Civil Veterinary Department Bengal reports 1933-51 - 1933-1951
Year: 1933
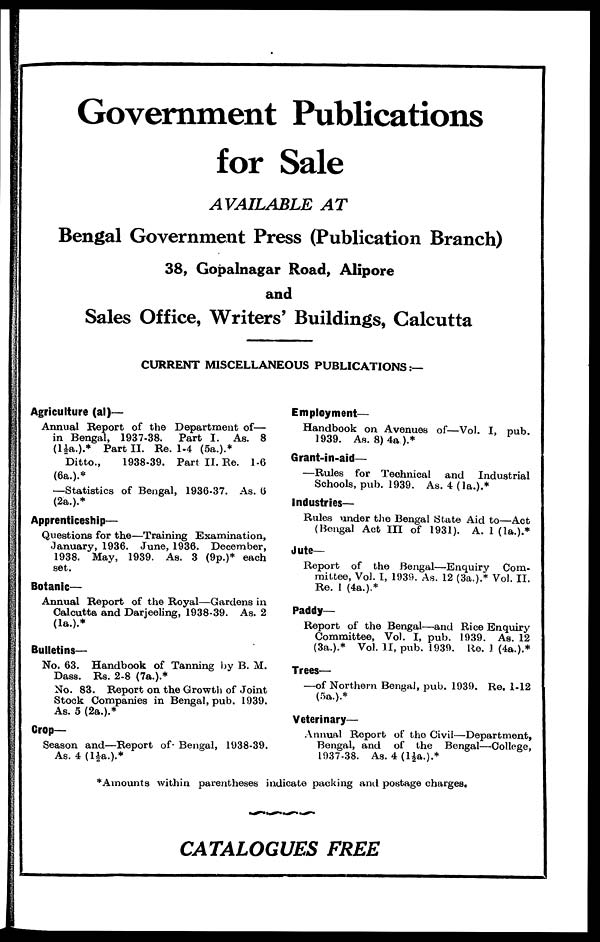
Government Publications
for Sale
AVAILABLE
AT
Bengal Government Press (Publication Branch)
38, Gopalnagar Road, Alipore
and
Sales Office, Writers' Buildings, Calcutta
CURRENT MISCELLANEOUS PUBLICATIONS:—
Agriculture (al)—
Annual Report of the Department of—
in Bengal, 1937-38. Part I. As. 8
(1½a.).* Part II. Re. 1-4 (5a.).*
Ditto.,
1938-39. Part II. Re. 1-6
(6a.).*
—Statistics of Bengal, 1936-37. As. 6
(2a.).*
Apprenticeship—
Questions for the—Training Examination,
January, 1936. June, 1936. December,
1938. May, 1939. As. 3 (9p.)* each
set.
Botanic—
Annual Report of the Royal—Gardens in
Calcutta and Darjeeling, 1938-39. As. 2
(1a.).*
Bulletins—
No. 63. Handbook of Tanning by B. M.
Dass. Rs. 2-8 (7a.).*
No. 83. Report on the Growth of Joint
Stock Companies in Bengal, pub. 1939.
As. 5 (2a.).*
Crop—
Season and—Report of- Bengal, 1938-39.
As. 4 (1½a.).*
Employment—
Handbook on Avenues of—Vol. I, pub.
1939. As. 8) 4a).*
Grant-in-aid—
—Rules for Technical and
Industrial
Schools, pub. 1939. As. 4 (1a.).*
Industries—
Rules under the Bengal State Aid to—Act
(Bengal Act III of 1931). A. 1 (1a.).*
Jute—
Report of the Bengal—Enquiry
Com-
mittee, Vol. I, 1939. As. 12 (3a.).* Vol. II.
Re. 1 (4a.).*
Paddy—
Report of the Bengal—and Rice Enquiry
Committee, Vol. I, pub. 1939. As. 12
(3a.).* Vol. II, pub. 1939. Re. 1 (4a.).*
Trees—
—of Northern Bengal, pub. 1939. Re. 1-12
(5a.).*
Veterinary—
Annual Report of the Civil—Department,
Bengal, and of the Bengal—College,
1937-38. As. 4 (1½a.).*
*Amounts within parentheses indicate packing and postage charges.
CATALOGUES FREE